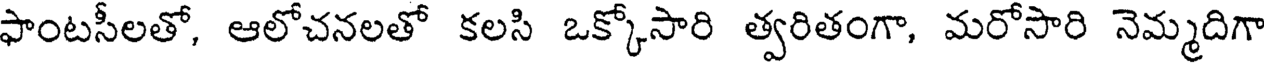
ఫాంటసీలతో, ఆలోచనలతో కలసి ఒక్కోసారి త్వరితంగా, మరోసారి నెమ్మదిగా